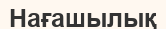
Нағашылық